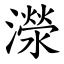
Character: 濴